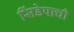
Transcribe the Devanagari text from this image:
सिंडेपाची